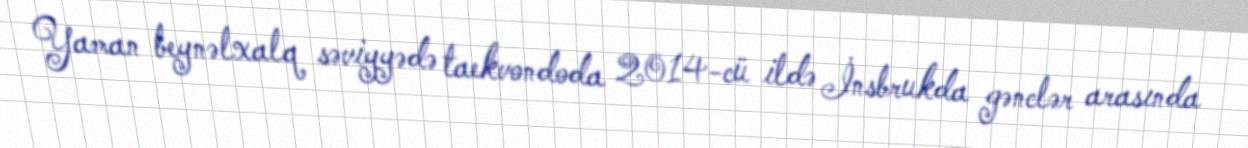
Yaman beynəlxalq səviyyədə taekvondoda 2014-cü ildə İnsbrukda gənclər arasında